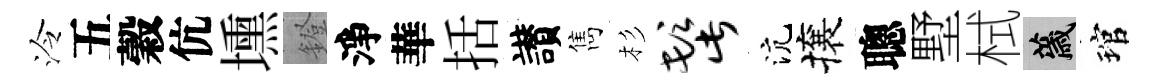
泠五穀伉壎鐙淨華括讃雋杉髭沆攘聰墅栻薉琯